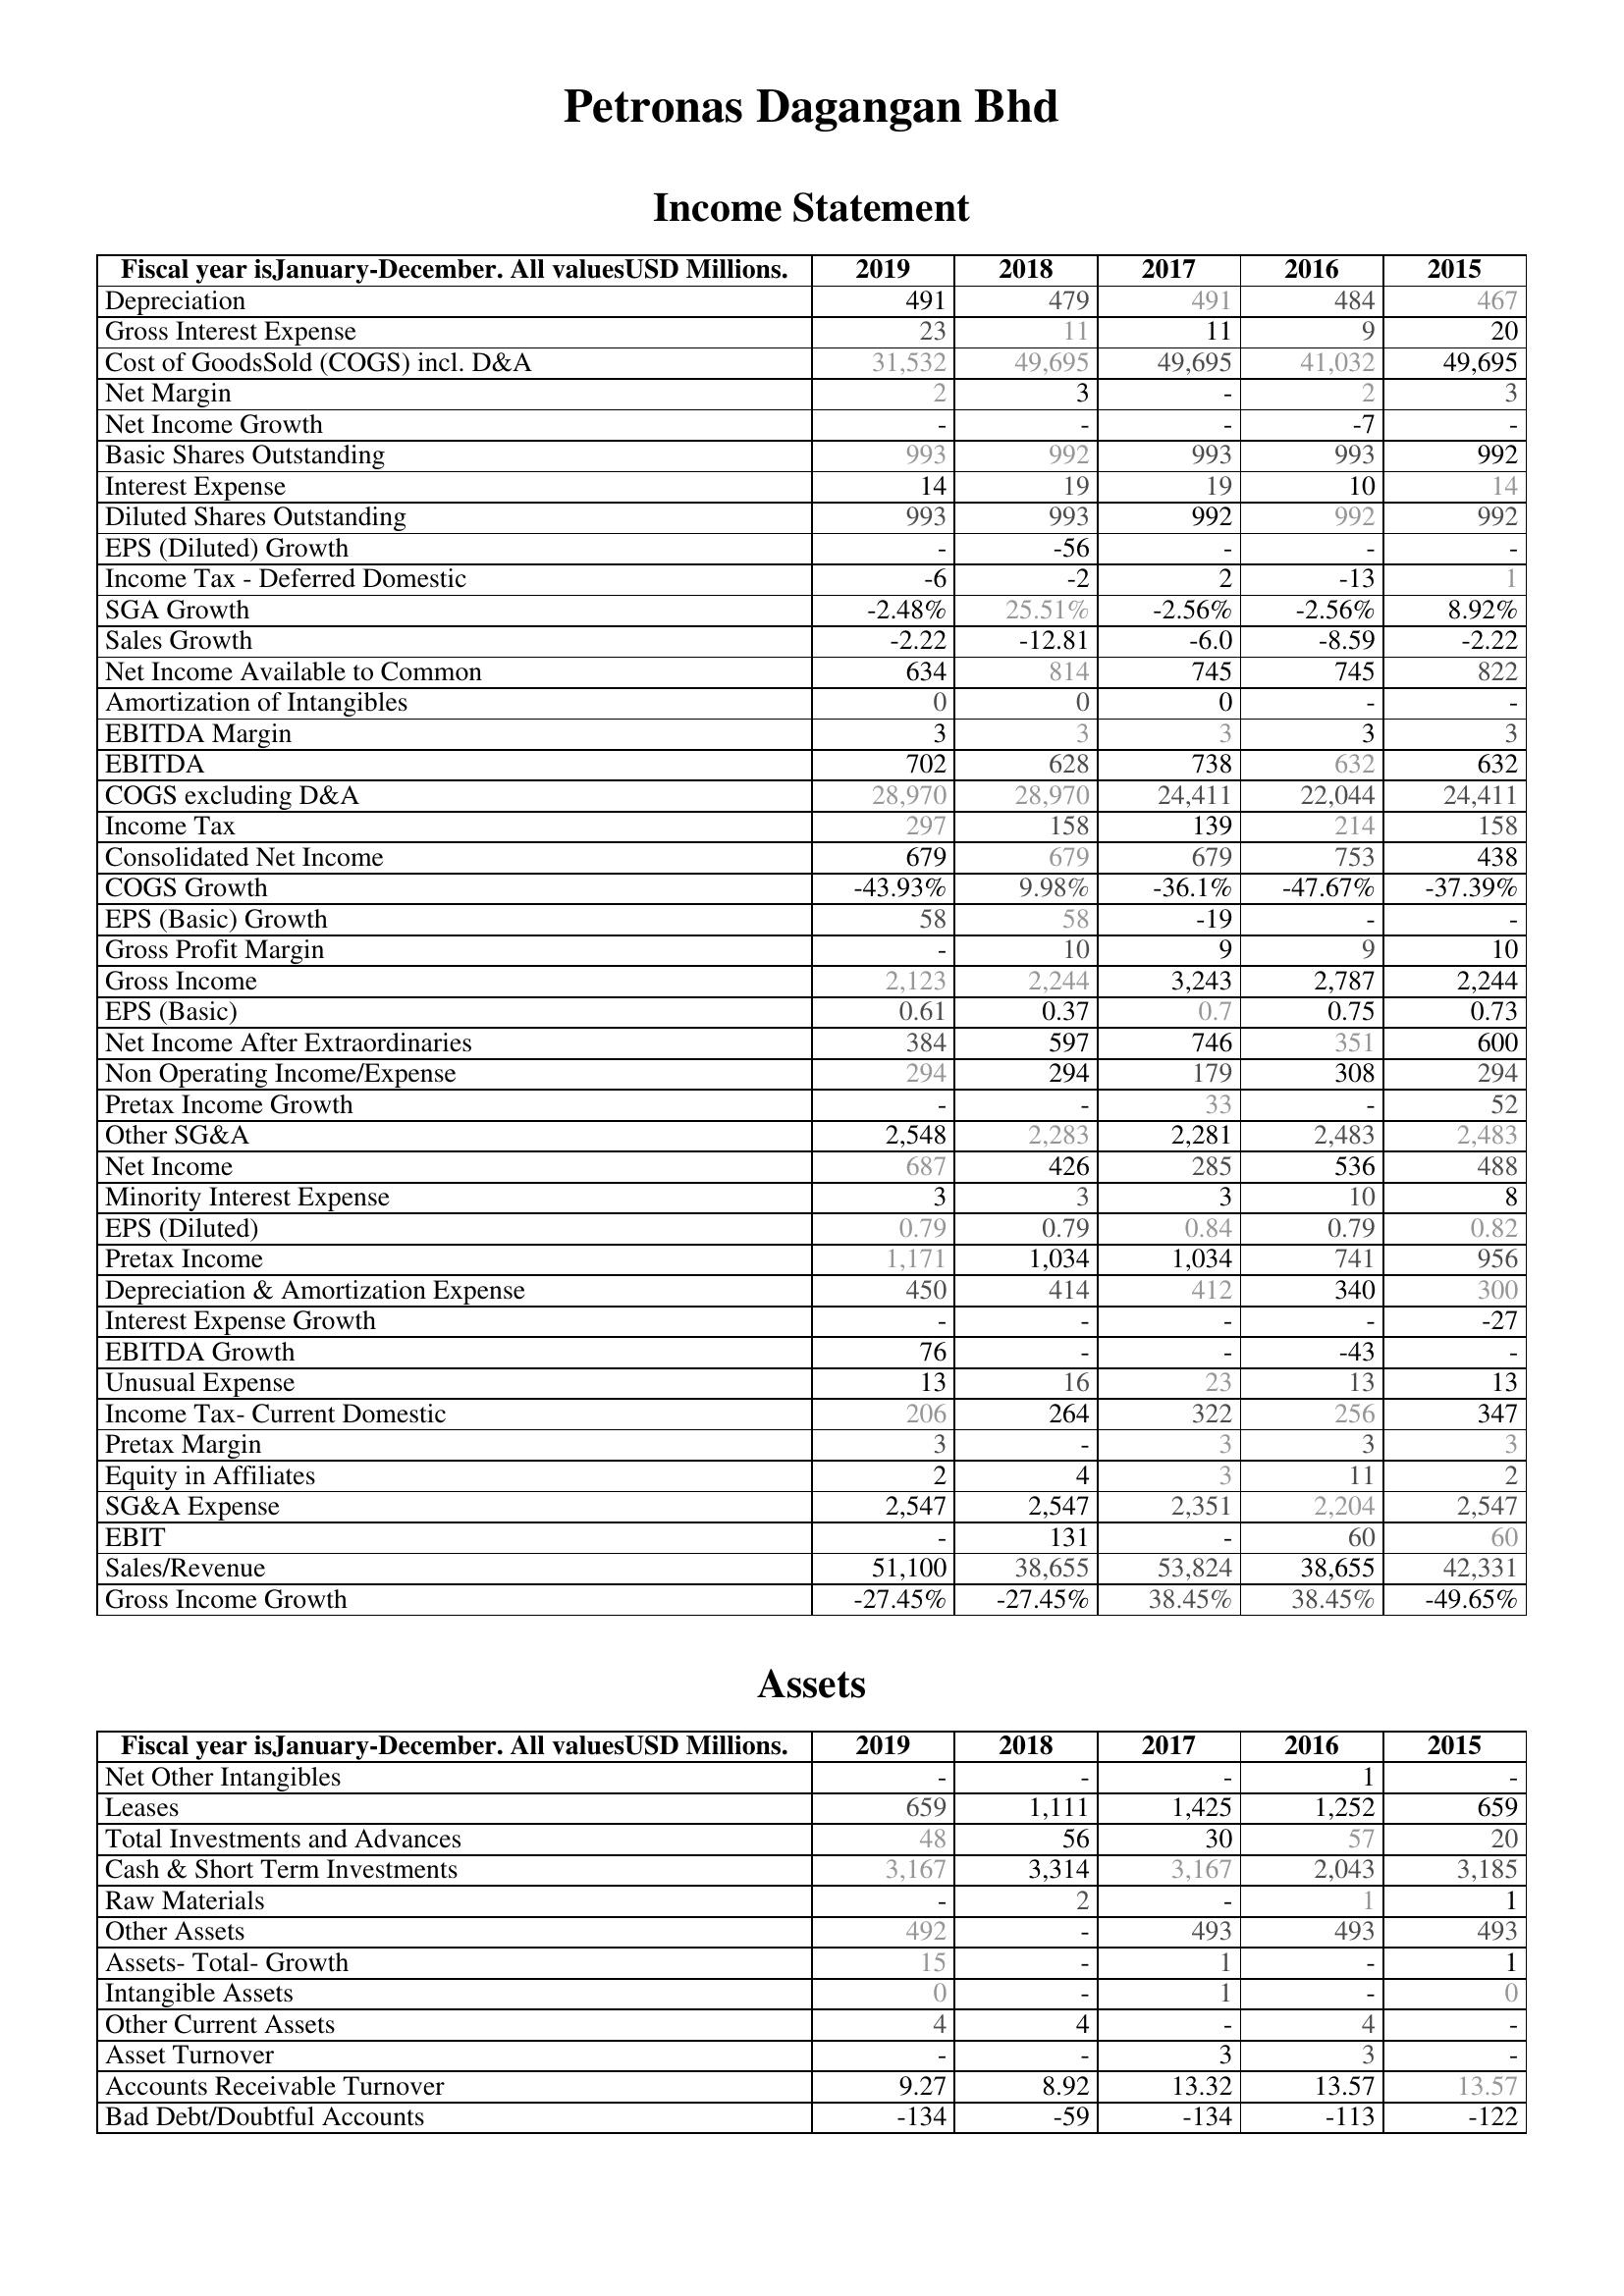
2019: Income Statement: Depreciation: 491
Gross Interest Expense: 23
Cost of GoodsSold (COGS) incl. D&A: 31,532
Net Margin: 2
Net Income Growth: -
Basic Shares Outstanding: 993
Interest Expense: 14
Diluted Shares Outstanding: 993
EPS (Diluted) Growth: -
Income Tax - Deferred Domestic: -6
SGA Growth: -2.48%
Sales Growth: -2.22
Net Income Available to Common: 634
Amortization of Intangibles: 0
EBITDA Margin: 3
EBITDA: 702
COGS excluding D&A: 28,970
Income Tax: 297
Consolidated Net Income: 679
COGS Growth: -43.93%
EPS (Basic) Growth: 58
Gross Profit Margin: -
Gross Income: 2,123
EPS (Basic): 0.61
Net Income After Extraordinaries: 384
Non Operating Income/Expense: 294
Pretax Income Growth: -
Other SG&A: 2,548
Net Income: 687
Minority Interest Expense: 3
EPS (Diluted): 0.79
Pretax Income: 1,171
Depreciation & Amortization Expense: 450
Interest Expense Growth: -
EBITDA Growth: 76
Unusual Expense: 13
Income Tax- Current Domestic: 206
Pretax Margin: 3
Equity in Affiliates: 2
SG&A Expense: 2,547
EBIT: -
Sales/Revenue: 51,100
Gross Income Growth: -27.45%
Assets: Net Other Intangibles: -
Leases: 659
Total Investments and Advances: 48
Cash & Short Term Investments: 3,167
Raw Materials: -
Other Assets: 492
Assets- Total- Growth: 15
Intangible Assets: 0
Other Current Assets: 4
Asset Turnover: -
Accounts Receivable Turnover: 9.27
Bad Debt/Doubtful Accounts: -134
2018: Income Statement: Depreciation: 479
Gross Interest Expense: 11
Cost of GoodsSold (COGS) incl. D&A: 49,695
Net Margin: 3
Net Income Growth: -
Basic Shares Outstanding: 992
Interest Expense: 19
Diluted Shares Outstanding: 993
EPS (Diluted) Growth: -56
Income Tax - Deferred Domestic: -2
SGA Growth: 25.51%
Sales Growth: -12.81
Net Income Available to Common: 814
Amortization of Intangibles: 0
EBITDA Margin: 3
EBITDA: 628
COGS excluding D&A: 28,970
Income Tax: 158
Consolidated Net Income: 679
COGS Growth: 9.98%
EPS (Basic) Growth: 58
Gross Profit Margin: 10
Gross Income: 2,244
EPS (Basic): 0.37
Net Income After Extraordinaries: 597
Non Operating Income/Expense: 294
Pretax Income Growth: -
Other SG&A: 2,283
Net Income: 426
Minority Interest Expense: 3
EPS (Diluted): 0.79
Pretax Income: 1,034
Depreciation & Amortization Expense: 414
Interest Expense Growth: -
EBITDA Growth: -
Unusual Expense: 16
Income Tax- Current Domestic: 264
Pretax Margin: -
Equity in Affiliates: 4
SG&A Expense: 2,547
EBIT: 131
Sales/Revenue: 38,655
Gross Income Growth: -27.45%
Assets: Net Other Intangibles: -
Leases: 1,111
Total Investments and Advances: 56
Cash & Short Term Investments: 3,314
Raw Materials: 2
Other Assets: -
Assets- Total- Growth: -
Intangible Assets: -
Other Current Assets: 4
Asset Turnover: -
Accounts Receivable Turnover: 8.92
Bad Debt/Doubtful Accounts: -59
2017: Income Statement: Depreciation: 491
Gross Interest Expense: 11
Cost of GoodsSold (COGS) incl. D&A: 49,695
Net Margin: -
Net Income Growth: -
Basic Shares Outstanding: 993
Interest Expense: 19
Diluted Shares Outstanding: 992
EPS (Diluted) Growth: -
Income Tax - Deferred Domestic: 2
SGA Growth: -2.56%
Sales Growth: -6.0
Net Income Available to Common: 745
Amortization of Intangibles: 0
EBITDA Margin: 3
EBITDA: 738
COGS excluding D&A: 24,411
Income Tax: 139
Consolidated Net Income: 679
COGS Growth: -36.1%
EPS (Basic) Growth: -19
Gross Profit Margin: 9
Gross Income: 3,243
EPS (Basic): 0.7
Net Income After Extraordinaries: 746
Non Operating Income/Expense: 179
Pretax Income Growth: 33
Other SG&A: 2,281
Net Income: 285
Minority Interest Expense: 3
EPS (Diluted): 0.84
Pretax Income: 1,034
Depreciation & Amortization Expense: 412
Interest Expense Growth: -
EBITDA Growth: -
Unusual Expense: 23
Income Tax- Current Domestic: 322
Pretax Margin: 3
Equity in Affiliates: 3
SG&A Expense: 2,351
EBIT: -
Sales/Revenue: 53,824
Gross Income Growth: 38.45%
Assets: Net Other Intangibles: -
Leases: 1,425
Total Investments and Advances: 30
Cash & Short Term Investments: 3,167
Raw Materials: -
Other Assets: 493
Assets- Total- Growth: 1
Intangible Assets: 1
Other Current Assets: -
Asset Turnover: 3
Accounts Receivable Turnover: 13.32
Bad Debt/Doubtful Accounts: -134
2016: Income Statement: Depreciation: 484
Gross Interest Expense: 9
Cost of GoodsSold (COGS) incl. D&A: 41,032
Net Margin: 2
Net Income Growth: -7
Basic Shares Outstanding: 993
Interest Expense: 10
Diluted Shares Outstanding: 992
EPS (Diluted) Growth: -
Income Tax - Deferred Domestic: -13
SGA Growth: -2.56%
Sales Growth: -8.59
Net Income Available to Common: 745
Amortization of Intangibles: -
EBITDA Margin: 3
EBITDA: 632
COGS excluding D&A: 22,044
Income Tax: 214
Consolidated Net Income: 753
COGS Growth: -47.67%
EPS (Basic) Growth: -
Gross Profit Margin: 9
Gross Income: 2,787
EPS (Basic): 0.75
Net Income After Extraordinaries: 351
Non Operating Income/Expense: 308
Pretax Income Growth: -
Other SG&A: 2,483
Net Income: 536
Minority Interest Expense: 10
EPS (Diluted): 0.79
Pretax Income: 741
Depreciation & Amortization Expense: 340
Interest Expense Growth: -
EBITDA Growth: -43
Unusual Expense: 13
Income Tax- Current Domestic: 256
Pretax Margin: 3
Equity in Affiliates: 11
SG&A Expense: 2,204
EBIT: 60
Sales/Revenue: 38,655
Gross Income Growth: 38.45%
Assets: Net Other Intangibles: 1
Leases: 1,252
Total Investments and Advances: 57
Cash & Short Term Investments: 2,043
Raw Materials: 1
Other Assets: 493
Assets- Total- Growth: -
Intangible Assets: -
Other Current Assets: 4
Asset Turnover: 3
Accounts Receivable Turnover: 13.57
Bad Debt/Doubtful Accounts: -113
2015: Income Statement: Depreciation: 467
Gross Interest Expense: 20
Cost of GoodsSold (COGS) incl. D&A: 49,695
Net Margin: 3
Net Income Growth: -
Basic Shares Outstanding: 992
Interest Expense: 14
Diluted Shares Outstanding: 992
EPS (Diluted) Growth: -
Income Tax - Deferred Domestic: 1
SGA Growth: 8.92%
Sales Growth: -2.22
Net Income Available to Common: 822
Amortization of Intangibles: -
EBITDA Margin: 3
EBITDA: 632
COGS excluding D&A: 24,411
Income Tax: 158
Consolidated Net Income: 438
COGS Growth: -37.39%
EPS (Basic) Growth: -
Gross Profit Margin: 10
Gross Income: 2,244
EPS (Basic): 0.73
Net Income After Extraordinaries: 600
Non Operating Income/Expense: 294
Pretax Income Growth: 52
Other SG&A: 2,483
Net Income: 488
Minority Interest Expense: 8
EPS (Diluted): 0.82
Pretax Income: 956
Depreciation & Amortization Expense: 300
Interest Expense Growth: -27
EBITDA Growth: -
Unusual Expense: 13
Income Tax- Current Domestic: 347
Pretax Margin: 3
Equity in Affiliates: 2
SG&A Expense: 2,547
EBIT: 60
Sales/Revenue: 42,331
Gross Income Growth: -49.65%
Assets: Net Other Intangibles: -
Leases: 659
Total Investments and Advances: 20
Cash & Short Term Investments: 3,185
Raw Materials: 1
Other Assets: 493
Assets- Total- Growth: 1
Intangible Assets: 0
Other Current Assets: -
Asset Turnover: -
Accounts Receivable Turnover: 13.57
Bad Debt/Doubtful Accounts: -122